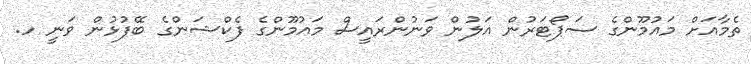
ތެމާއަށް މައުމޫންގެ ސަޕޯޓަރުން އަލުން ވަނުންރައީސް މައުމޫންގެ ފެކްޝަންގެ ބޭފުޅުން ވަނީ ހ.